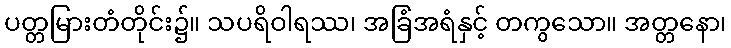
ပတ္တမြားတံတိုင်း၌။ သပရိဝါရဿ၊ အခြံအရံနှင့် တကွသော။ အတ္တနော၊